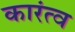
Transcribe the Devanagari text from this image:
कारंत्व